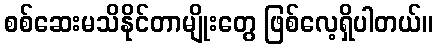
စစ်ဆေးမသိနိုင်တာမျိုးတွေ ဖြစ်လေ့ရှိပါတယ်။